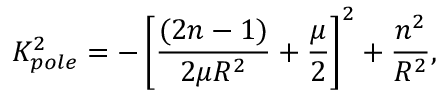
K _ { p o l e } ^ { 2 } = - \left[ \frac { ( 2 n - 1 ) } { 2 \mu R ^ { 2 } } + \frac { \mu } { 2 } \right] ^ { 2 } + \frac { n ^ { 2 } } { R ^ { 2 } } ,